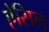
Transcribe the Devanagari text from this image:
ऐसिल